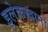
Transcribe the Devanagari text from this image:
इलेकखानों